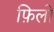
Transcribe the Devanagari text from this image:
फ़िलो